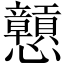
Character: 戅